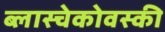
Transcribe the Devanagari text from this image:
ब्लास्चेकोवस्की